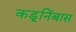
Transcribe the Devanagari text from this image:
कडूनिंबास